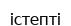
істепті